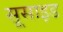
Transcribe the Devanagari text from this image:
सूसाइड